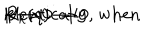
LaTeX: R _ { k } ( q ) \to 0 \hspace { 0 . 5 c m } \mathrm { i d e n t i c a l l y , } \ \mathrm { w h e n } \hspace { 0 . 5 c m } k \to 0 \hspace { 0 . 5 c m }